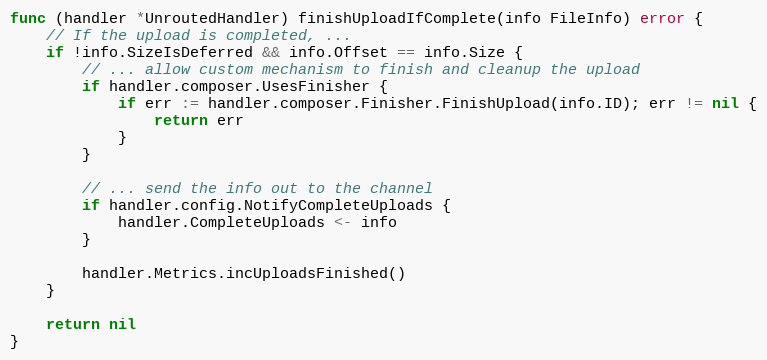
Language: Go
func (handler *UnroutedHandler) finishUploadIfComplete(info FileInfo) error {
	// If the upload is completed, ...
	if !info.SizeIsDeferred && info.Offset == info.Size {
		// ... allow custom mechanism to finish and cleanup the upload
		if handler.composer.UsesFinisher {
			if err := handler.composer.Finisher.FinishUpload(info.ID); err != nil {
				return err
			}
		}

		// ... send the info out to the channel
		if handler.config.NotifyCompleteUploads {
			handler.CompleteUploads <- info
		}

		handler.Metrics.incUploadsFinished()
	}

	return nil
}